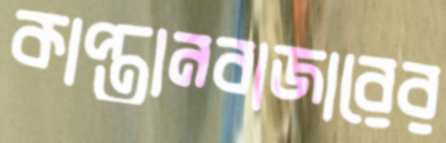
কাপ্তানবাজারের